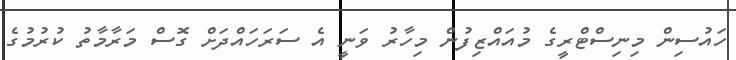
ހައުސިން މިނިސްޓްރީގެ މުއައްޒިފުން މިހާރު ވަނީ އެ ސަރަހައްދަށް ގޮސް މަރާމާތު ކުރުމުގެ